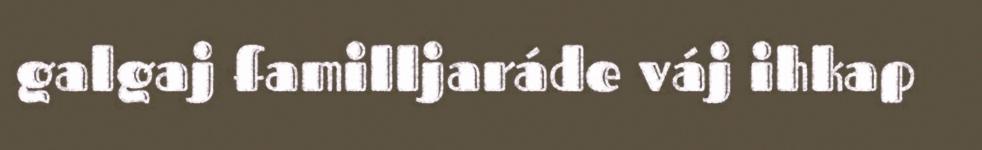
galgaj familljaráde váj ihkap